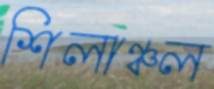
শিলাঞ্চল